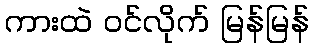
ကားထဲ ဝင်လိုက် မြန်မြန်